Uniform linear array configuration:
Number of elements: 48
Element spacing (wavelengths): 0.25
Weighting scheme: exponential
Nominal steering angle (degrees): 30
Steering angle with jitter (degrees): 31.649
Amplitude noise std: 0.05
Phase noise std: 0.05

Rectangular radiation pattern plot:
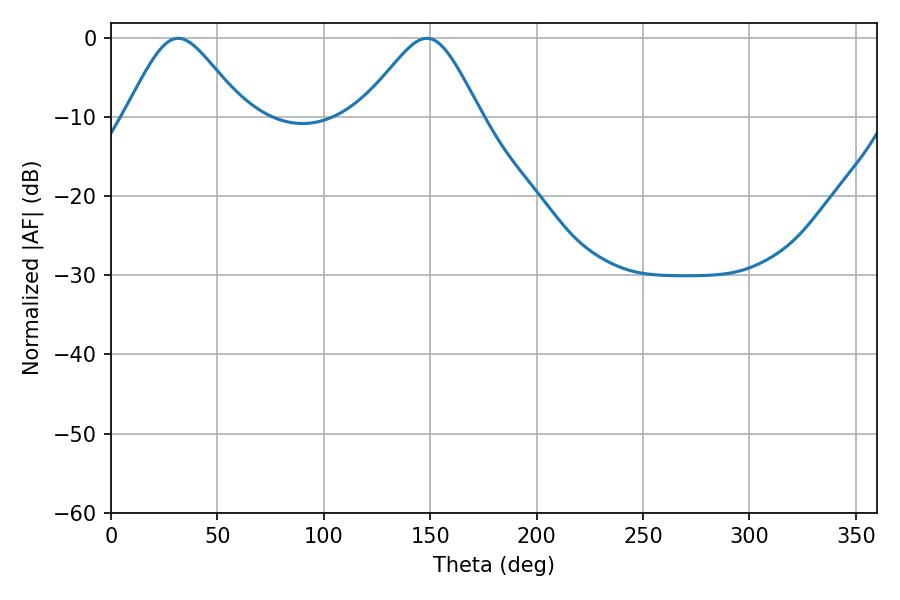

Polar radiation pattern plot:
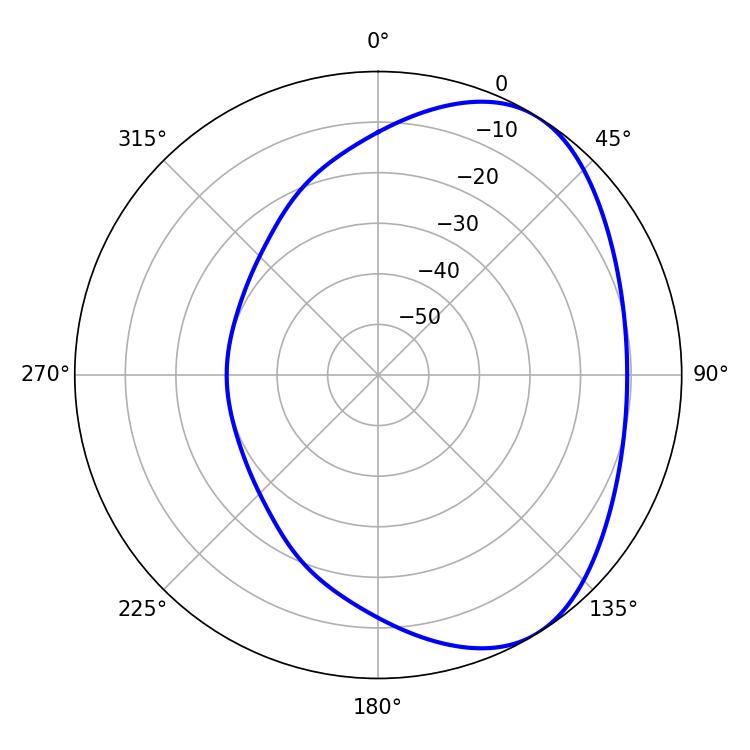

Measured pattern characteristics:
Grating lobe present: FALSE
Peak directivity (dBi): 4.77
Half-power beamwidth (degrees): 27.36
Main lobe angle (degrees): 31.5